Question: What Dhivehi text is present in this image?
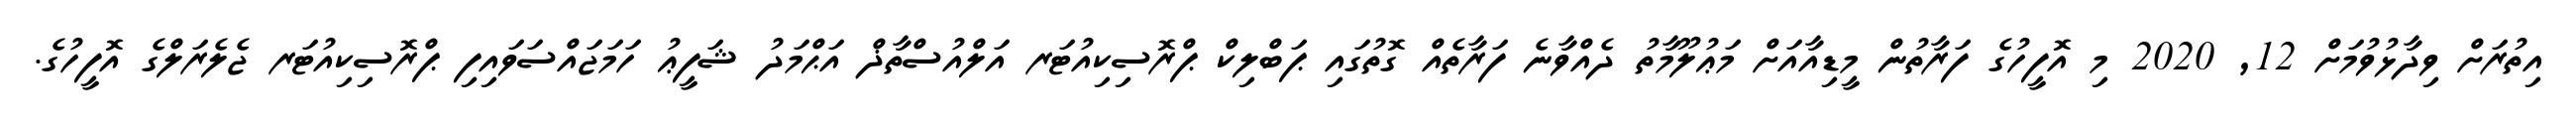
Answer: އިތުރަށް ވިދާޅުވުމަށް 12, 2020 މި އޮފީހުގެ ފަރާތުން މީޑިއާއަށް މަޢުލޫމާތު ދެއްވާނެ ފަރާތެއް ގޮތުގައި ޕަބްލިކް ޕްރޮސިކިއުޓަރ އަލްއުސްތާޛް އަޙްމަދު ޝަފީޢު ހަމަޖައްސަވައިފި ޕްރޮސިކިއުޓަރ ޖެލެރަލްގެ އޮފީހުގެ.